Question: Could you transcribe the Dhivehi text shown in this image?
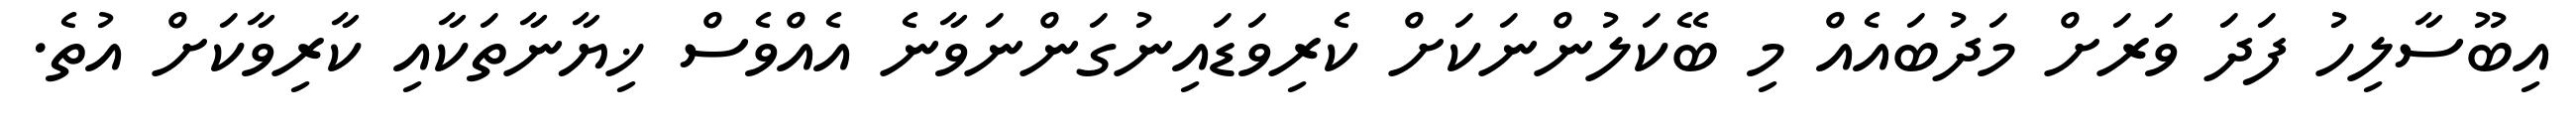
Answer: އިބޫސާލިހު ފަދަ ވަރަށް މަދުބައެއް މި ބޭކަލުންނަކަށް ކެރިވަޑައިނުގަންނަވާނެ އެއްވެސް ޚިޔާނާތަކާއި ކާރިވާކަށް އުތެ.